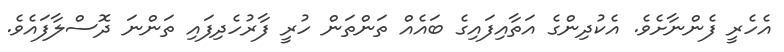
އެހެރީ ފެންނާށެވެ. އެކުދިންގެ އަތާއިފައިގެ ބައެއް ތަންތަން ހުރީ ފާރުހެދިފައި ތަންނަ ދޮސްލާފައެވެ.